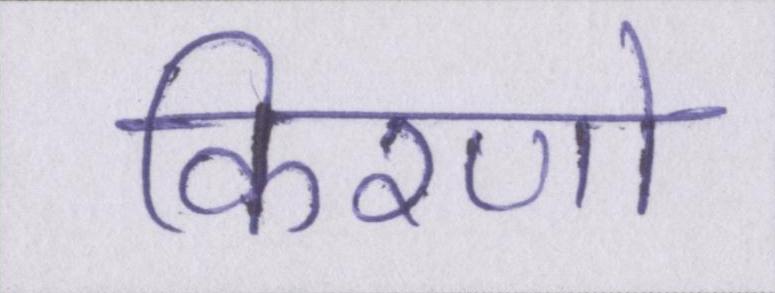
किरणो